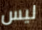
ليس